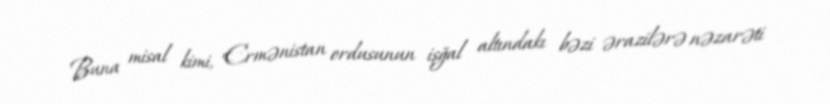
Buna misal kimi, Ermənistan ordusunun işğal altındakı bəzi ərazilərə nəzarəti